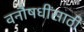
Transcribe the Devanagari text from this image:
वनौषधींसाठी